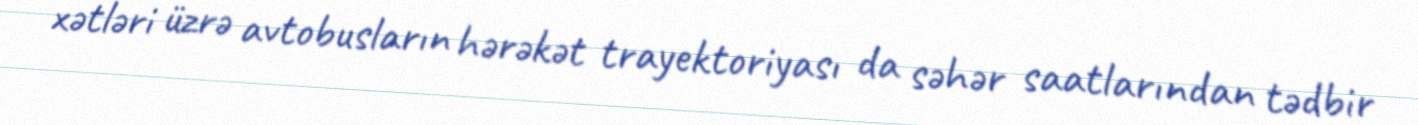
xətləri üzrə avtobusların hərəkət trayektoriyası da səhər saatlarından tədbir